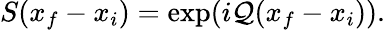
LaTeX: S(x_{f}-x_{i})=\exp(i\mathcal{Q}(x_{f}-x_{i})).